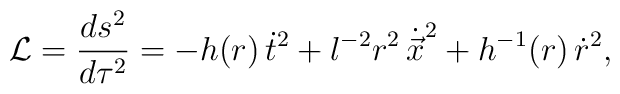
{\cal L} = \frac{ds^2}{d\tau^2} =-h(r)\,\dot{t}^2 +  l^{-2}r^2\,\dot{\vec{x}}^2  +  h^{-1}(r)\,\dot{r}^2,